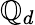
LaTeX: \mathbb{Q}_{d}